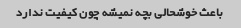
باعث خوشحالی بچه نمیشه چون کیفیت ندارد